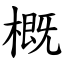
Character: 概